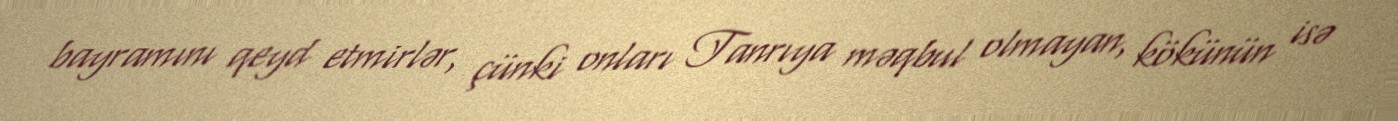
bayramını qeyd etmirlər, çünki onları Tanrıya məqbul olmayan, kökünün isə